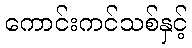
ကောင်းကင်သစ်နှင့်